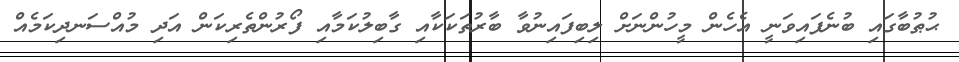
ޙުޠުބާގައި ބުނެފައިވަނީ އެހެން މީހުންނަށް ލިބިފައިނުވާ ބާރުތަކަކާއި ގާބިލުކަމާއި ފޯރުންތެރިކަން އަދި މުއްސަނދިކަމެއް